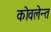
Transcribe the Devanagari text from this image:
कोवलेन्त